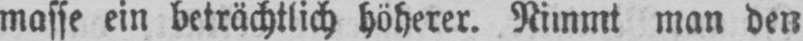
masse ein beträchtlich höherer. Nimmt man den